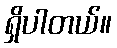
ရှိပါတယ်။